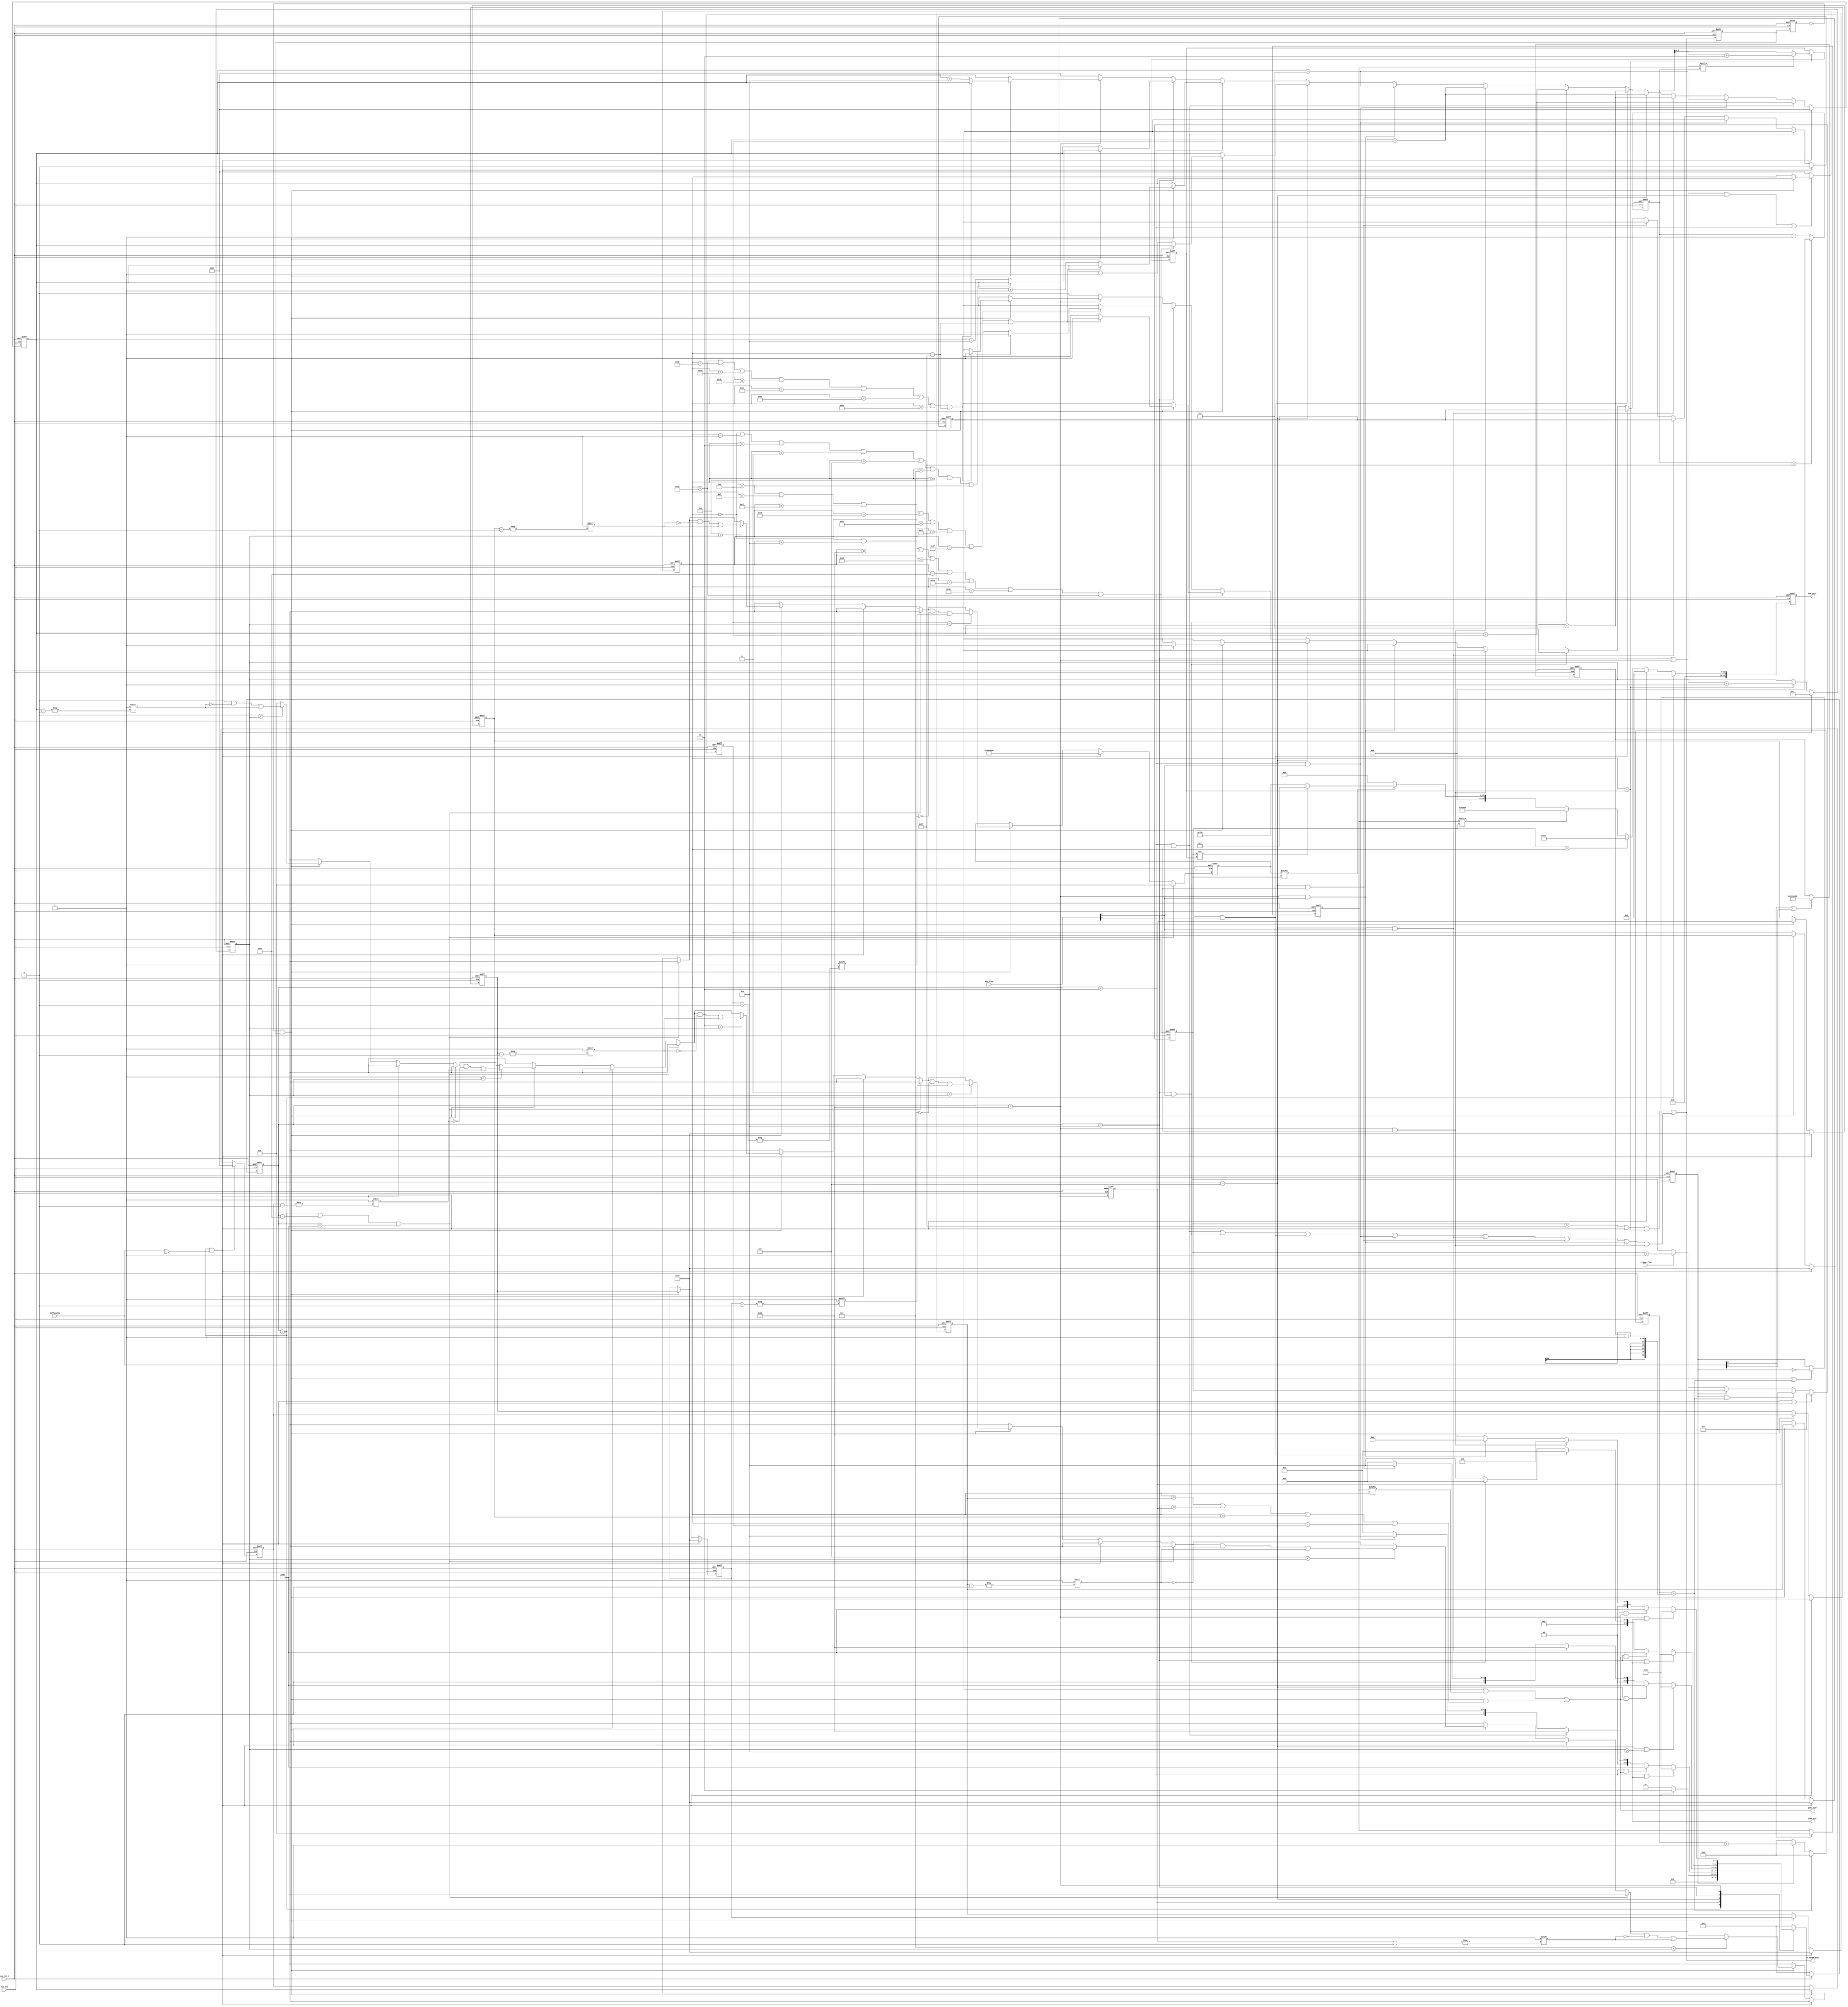
module snake_ctrl (
    input                   sys_clk                 ,//
    input                   sys_rst_n               ,//
    input                   tx_done_flag            ,//24bit
    input        [2:0]      difficulty              ,// 
    input        [1:0]      key_flag                ,//

    output                  game_over               ,//lose
    output                  game_win                ,//win
    output  reg  [23:0]     RGB_data                ,//24
    output                  tx_24x64_done            //
);

/*******************************************/
//8
parameter WHITE = 24'b00001111_00001111_00001111;  //
parameter RED   = 24'b00001111_00000000_00000000;  //
parameter GREEN = 24'b00000000_00001111_00000000;  //
parameter BLUE  = 24'b00000000_00000000_00001111;  //_xy == 47 || snake_xy_r1 == 5xy == 40 || snake_xy_r1 == 48== 5 || snake_xy_r1 == 6 || se_xy == 61 || snake_xy_r1 ==
parameter YELLOW    = 24'b00000000_00001111_00001111;  //
//
    parameter IDLE      = 7'b000_0001,
              Rright    = 7'b000_0010,    
              Left      = 7'b000_0100,
              Up        = 7'b000_1000,
              Down      = 7'b001_0000,
              Win       = 7'b010_0000,
              Lose      = 7'b100_0000;

    wire      IDLE2Rright ;       
    wire      Rright2Up   ;   
    wire      Rright2Down ;       
    wire      Rright2Win  ;   
    wire      Rright2Lose ;   
    wire      Left2Up     ;   
    wire      Left2Down   ;   
    wire      Left2Win    ;    
    wire      Left2Lose   ;   
    wire      Up2Rright   ;   
    wire      Up2Left     ;       
    wire      Up2Win      ;       
    wire      Up2Lose     ;   
    wire      Down2Rright ;           
    wire      Down2Left   ;       
    wire      Down2Win    ;       
    wire      Down2Lose   ;       
    wire      Win2IDLE    ;       
    wire      Lose2IDLE   ;   
    wire      right_b     ;
    wire      left_b      ;
    wire      up_b        ;
    wire      down_b      ;    

    reg [6:0] state_c,state_n;

    reg [6:0]  cnt_xy;
    reg [63:0] char_r= 64'b0000000000000000000000000000000000000000000001000000000000000000;//
    reg [63:0] char_r2 = 64'b0000000001000010000000000000000000000000000001100000011000000000;//
    reg [63:0] char_r3 = 64'd0;//
    reg [6:0] snake [9:0];//8
    reg [6:0] snake_xy;//
    reg [6:0] snake_xy_r1;//
    reg [6:0] snake_xy_r2;//
    reg [6:0] snake_xy_r3;//
    reg [6:0] snake_xy_r4;//
    reg [6:0] apple_xy;//
    reg [4:0] snake_length = 5'd2;
    reg high_1s;

    reg [25:0] cnt_1s;
    integer k;
    wire tx_24x64_done_pos;
    reg [25:0] max_1s ;//= 20_000_000;//25000000    15_000_000 
    //wire game_over ;//
    reg  game_over_r;//
    wire snake_flag;
    wire [6:0]snake_c;
    wire [6:0]snake_n;
    wire eat_apple;//  
    reg          [07:00]    cnt_apple          ; //Counter 
    wire                    add_cnt_apple      ; //Counter Enable
    wire                    end_cnt_apple      ; //Counter Reset 
    always @(posedge sys_clk or negedge sys_rst_n) begin
        if(!sys_rst_n)begin
            state_c <= IDLE;
        end
        else begin
            state_c <= state_n;
        end
    end

    always @(*) begin
        if(!sys_rst_n)begin
            state_n = IDLE;
        end
        else begin
            case(state_c)
            IDLE  : begin
                if(IDLE2Rright)begin
                    state_n = Rright;
                end
                else begin
                    state_n = IDLE;
                end
            end
            Rright: begin
                if(Rright2Win)begin//
                    state_n = Win;
                end
                else if(Rright2Lose)begin
                    state_n = Lose;
                end
                else if(Rright2Down)begin
                    state_n = Down;
                end
                else if(Rright2Up)begin
                    state_n = Up;
                end
                else begin
                    state_n = Rright;
                end 
            end
            Left  : begin
                if(Left2Win)begin//
                    state_n = Win;
                end
                else if(Left2Lose)begin
                    state_n = Lose;
                end
                else if(Left2Down)begin
                    state_n = Down;
                end
                else if(Left2Up)begin
                    state_n = Up;
                end
                else begin
                    state_n = Left;
                end 
            end
            Up    : begin
                if(Up2Win)begin//
                    state_n = Win;
                end
                else if(Up2Lose)begin
                    state_n = Lose;
                end
                else if(Up2Rright)begin
                    state_n = Rright;
                end
                else if(Up2Left)begin
                    state_n = Left;
                end
                else begin
                    state_n = Up;
                end 
            end
            Down  : begin
                if(Down2Win)begin//
                    state_n = Win;
                end
                else if(Down2Lose)begin
                    state_n = Lose;
                end
                else if(Down2Rright)begin
                    state_n = Rright;
                end
                else if(Down2Left)begin
                    state_n = Left;
                end
                else begin
                    state_n = Down;
                end 
            end
            Win   : begin
                state_n = IDLE;
            end
            Lose  : begin
                state_n = IDLE;
            end
            default : state_n = IDLE;
            endcase
        end
    end

    assign IDLE2Rright = state_c == IDLE       &&  (^difficulty);//key_flag[0];//1 
    assign Rright2Up   = state_c == Rright     &&  key_flag[1];
    assign Rright2Down = state_c == Rright     &&  key_flag[0];
    assign Rright2Win  = state_c == Rright     &&  (snake_length > 5'd8);//8  8
    assign Rright2Lose = state_c == Rright     &&  (game_over);//
    assign Left2Up     = state_c == Left       &&  key_flag[0];
    assign Left2Down   = state_c == Left       &&  key_flag[1];
    assign Left2Win    = state_c == Left       &&  (snake_length > 5'd8);//8 
    assign Left2Lose   = state_c == Left       &&  (game_over);//
    assign Up2Rright   = state_c == Up         &&  key_flag[0]; 
    assign Up2Left     = state_c == Up         &&  key_flag[1]; 
    assign Up2Win      = state_c == Up         &&  (snake_length > 5'd8);//8  
    assign Up2Lose     = state_c == Up         &&  (game_over);// 
    assign Down2Rright = state_c == Down       &&  key_flag[0];
    assign Down2Left   = state_c == Down       &&  key_flag[1];
    assign Down2Win    = state_c == Down       &&  (snake_length > 5'd8);//8 
    assign Down2Lose   = state_c == Down       &&  (game_over);//
    assign Win2IDLE    = state_c == Win        &&  1'b1;
    assign Lose2IDLE   = state_c == Lose       &&  1'b1;        

    //

    //
    //1      
    always @(posedge sys_clk or negedge sys_rst_n) begin//posedge sys_clk or negedge sys_rst_n
        if(!sys_rst_n)begin
            snake_xy <= 7'd19;
            game_over_r <= 1'b0;
        end
        else if(IDLE2Rright)begin//
                snake_xy <= 7'd19;
				game_over_r <= 1'b0;
        end
        else if(Rright2Down)
                snake_xy <= snake_xy + 7'd7;
        else if(Rright2Up)//
                snake_xy <= snake_xy - 7'd9;
        else if(Left2Down)//  
            snake_xy <= snake_xy + 7'd9;// + 7'd6;
        else if(Left2Up)
            snake_xy <= snake_xy - 7'd7;
        else if(Up2Rright)
            snake_xy <= snake_xy + 7'd9;// + 7'd1; 
        else if(Up2Left)
            snake_xy <= snake_xy + 7'd7;// - 7'd1;
        else if(Down2Rright)
            snake_xy <= snake_xy - 7'd7;
        else if(Down2Left)
            snake_xy <= snake_xy - 7'd9;//
        else if(state_c == Left)begin
            if(tx_24x64_done_pos)
                if(left_b)// 
                    game_over_r <= 1'b1;//
                else
                    snake_xy <= snake_xy - 1'b1;
        end
        else if(state_c == Rright)begin
            if(tx_24x64_done_pos)
                if(right_b)//
                    game_over_r <= 1'b1;//
                else
                    snake_xy <= snake_xy + 1'b1;
        end
        else if(state_c == Up)begin
            if(tx_24x64_done_pos)
                if(up_b)//
                    game_over_r <= 1'b1;//
                else
                    snake_xy <= snake_xy - 7'd8;
        end
        else if(state_c == Down)begin
            if(tx_24x64_done_pos)
                if(down_b)
                    game_over_r <= 1'b1;//
                else begin
                    snake_xy <= snake_xy + 7'd8;
                end
        end
        else begin
            game_over_r <= 1'b0;
            snake_xy  <= 7'd19;
        end
    end

    //
    always @(posedge sys_clk or negedge sys_rst_n) begin
        if(!sys_rst_n)begin
            snake_xy_r1 <= 7'd19;
            snake_xy_r2 <= 7'd19;
            snake_xy_r3 <= 7'd19;
        end
        else if(state_c == Up || state_c == Down || state_c == Left || state_c == Rright)begin//
            if(tx_24x64_done_pos)begin
                snake_xy_r1 <= snake_xy;
                snake_xy_r2 <= snake_xy_r1;
                snake_xy_r3 <= snake_xy_r2;
            end
        end
        else begin
            snake_xy_r1 <= 7'd19;
            snake_xy_r2 <= 7'd19;
            snake_xy_r3 <= 7'd19;
        end
    end

    assign right_b =   (snake_xy_r1 == 7 || snake_xy_r1 == 15 || snake_xy_r1 == 23 || snake_xy_r1 == 31 || snake_xy_r1 == 39 || snake_xy_r1 == 47 || snake_xy_r1 == 55 || snake_xy_r1 == 63)  ;//
    assign left_b  =   (snake_xy_r1 == 0 || snake_xy_r1 == 8 || snake_xy_r1 == 16 || snake_xy_r1 == 24 || snake_xy_r1 == 32 || snake_xy_r1 == 40 || snake_xy_r1 == 48 || snake_xy_r1 == 56)  ;//
    assign up_b     =  (snake_xy_r1 == 0 || snake_xy_r1 == 1 || snake_xy_r1 == 2 || snake_xy_r1 == 3 || snake_xy_r1 == 4 || snake_xy_r1 == 5 || snake_xy_r1 == 6 || snake_xy_r1 == 7)     ;//
    assign down_b   =  (snake_xy_r1 == 56 || snake_xy_r1 == 57 || snake_xy_r1 == 58 || snake_xy_r1 == 59 || snake_xy_r1 == 60 || snake_xy_r1 == 61 || snake_xy_r1 == 62 || snake_xy_r1 == 63)  ;//

    //tx_24x64_done1s
    reg tx_24x64_done_r1,tx_24x64_done_r2;

    //
    always @(posedge sys_clk or negedge sys_rst_n) begin
        if(!sys_rst_n)begin
            cnt_apple <= 8'd0;
        end
        else if(add_cnt_apple)begin
            if(end_cnt_apple)begin
                cnt_apple <= 8'd0;
            end
            else begin
                cnt_apple <= cnt_apple + 1'b1;
            end
        end
        else begin
            cnt_apple <= 8'd0;
        end
    end
    assign add_cnt_apple = 1'b1;
    assign end_cnt_apple = add_cnt_apple && cnt_apple == 8'd63;

    always @(posedge sys_clk or negedge sys_rst_n) begin
        if(!sys_rst_n)begin
            apple_xy <= 7'd27;
        end
        else if(eat_apple)begin//
            if(char_r2[cnt_apple])begin//
                apple_xy <= cnt_apple + 2;
            end
            else begin
                apple_xy <= cnt_apple;
            end
        end
    end
    
    //
    always @(posedge sys_clk or negedge sys_rst_n) begin
        if(!sys_rst_n)begin
            snake_length <= 5'd1;
        end
        else if(IDLE2Rright)begin
            snake_length <= 5'd1;
        end
        else if(eat_apple)begin//1
            snake_length <= snake_length + 1'b1;
        end
    end

    assign eat_apple = snake_xy_r1 == apple_xy;

    //1
    always @(posedge sys_clk or negedge sys_rst_n) begin
        if(!sys_rst_n)begin//18191819
            char_r <= 64'd0;
        end
        else if(state_c == IDLE || state_c == Win || state_c == Lose)
            char_r <= 64'd0;//1
        else if(IDLE2Rright)
            char_r <= 64'b0000000000000000000000000000000000001000000010000000000000000000;
        else if(tx_24x64_done_pos)begin// tx_24x64_done_pos(char)cnt_xy == 63
            char_r <= 64'd0;
            for(k=0;k<=7;k=k+1)begin//100
                if(k < snake_length)begin
                    if(k==0)
                        char_r[snake_xy] <= 1'b1; 
    				else
                    char_r[snake[k-1]] <= 1'b1;
                end
            end
            char_r[apple_xy] = 1'b1;//
        end
    end
    //
    assign snake_flag = cnt_1s == (max_1s>>2);
    assign snake_c = snake[1];
    assign snake_n = snake[0];

    // integer k;
    //
    always @(posedge sys_clk or negedge sys_rst_n) begin
        if(!sys_rst_n)begin
            for(k=0;k<=7;k=k+1)
                if(k==0)
                    snake[k] <= 19;// 0 19
                else 
                    snake[k] <= 100;//100
        end
        else if(IDLE2Rright)begin
            for(k=0;k<=7;k=k+1)
                if(k==0)
                    snake[k] <= 19;
                else 
                    snake[k] <= 100;//100
        end
        else if(tx_24x64_done_pos)begin//  
                    snake[0] <= snake_xy;
                    snake[1] <= snake[0];
                    snake[2] <= snake[1];
                    snake[3] <= snake[2];
                    snake[4] <= snake[3];
                    snake[5] <= snake[4];
                    snake[6] <= snake[5];
        end
    end

    //
    always @(posedge sys_clk or negedge sys_rst_n) begin
        if(!sys_rst_n)begin
            tx_24x64_done_r1 <= 1'b0;
            tx_24x64_done_r2 <= 1'b0;
        end
        else begin
            tx_24x64_done_r1 <= tx_24x64_done;
            tx_24x64_done_r2 <= tx_24x64_done_r1;
        end
    end

    assign tx_24x64_done_pos = ~tx_24x64_done_r2 && tx_24x64_done_r1; 

    //tx_24x64_done1s
    always @(posedge sys_clk or negedge sys_rst_n) begin
        if(!sys_rst_n)begin
            high_1s <= 1'b0;
        end
        else if(tx_24x64_done_pos || (cnt_1s == max_1s -1))begin
            high_1s <= ~high_1s;
        end
        else begin
            high_1s <= high_1s;
        end
    end

    //1s24x641scnt_xy
    always @(posedge sys_clk or negedge sys_rst_n) begin
        if(!sys_rst_n )begin
            cnt_1s <= 26'd0;
        end
        else if(cnt_1s == max_1s - 1)begin
            cnt_1s <= 26'd0;
        end
        else if(high_1s)begin
            cnt_1s <= cnt_1s + 1'b1;
        end
        else begin
            cnt_1s <= 26'd0;
        end
    end

    //
    always @(posedge sys_clk or negedge sys_rst_n) begin
        if(!sys_rst_n)begin
            cnt_xy <= 7'd0;
        end
        else if(IDLE2Rright || state_c == IDLE)begin
            cnt_xy <= 7'd0;
        end
        else if(high_1s && cnt_1s == max_1s -1)begin//64
            cnt_xy <= 7'd0;
        end
        else if(high_1s)begin//64 cnt_xy >63
            cnt_xy <= cnt_xy;
        end
        else if(tx_done_flag)begin//24
            cnt_xy <= cnt_xy + 1'b1;
        end
        else begin
            cnt_xy <= cnt_xy;
        end
    end

    //  //1 2  3  0
    always @(posedge sys_clk or negedge sys_rst_n) begin
        if(!sys_rst_n)begin
            RGB_data <= 24'd0;
        end
        else if(state_c == IDLE)begin
            RGB_data <= 24'd0;
        end
        else if(IDLE2Rright)begin
           RGB_data <= 24'd0;
        end
        else if(cnt_xy == snake_xy_r1)begin// 
            RGB_data <= YELLOW;
        end
        else if(char_r2[cnt_xy]) begin
            RGB_data <= RED;
        end
        else if(char_r[cnt_xy] == 2'd1)begin//
            if(cnt_xy!=apple_xy)
                RGB_data <= BLUE;
            else
                RGB_data <= GREEN;
        end
        else begin
            RGB_data <= 24'd0;//
        end
    end

    assign tx_24x64_done = (cnt_xy > 63) || IDLE2Rright || eat_apple || (Rright2Down || Up2Left || Up2Rright || Rright2Up || Left2Down || Left2Up || Down2Left || Down2Rright);//( state_c != state_n);//|| flag || (!sys_rst_n);//
    assign game_over = game_over_r || (char_r2[snake_xy_r1]) || (tx_24x64_done_pos && ( snake_xy_r1 == snake[3] || snake_xy_r1 == snake[4] || snake_xy_r1 == snake[5] || snake_xy_r1 == snake[6]));////
    assign game_win  = snake_length > 5'd8;


     
    //
   // max_1s
    always @(posedge sys_clk or negedge sys_rst_n) begin//35000000    20_000_000 
        if(!sys_rst_n)begin
            max_1s <= 35_000_000;
        end
        else if(difficulty[0] || difficulty[2])begin
            max_1s <= 20_000_000;
        end
        else begin
            max_1s <= max_1s;
        end
    end

    //
    always @(posedge sys_clk or negedge sys_rst_n) begin
        if(!sys_rst_n)begin//
            char_r2 <= 64'b0000000001000010000000000000000000000000000001100000011000000000;
        end
        else if(difficulty[0])begin//
            char_r2 <= 64'd0;
        end
        else begin
            char_r2 <= char_r2;
        end
    end

endmodule